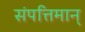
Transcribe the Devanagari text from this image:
संपत्तिमान्